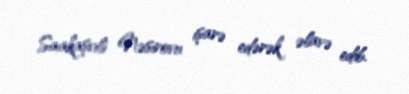
Saakaşvili Nəsirovu işarə edərək əlavə edib.